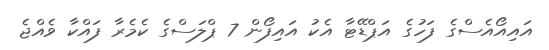
އައިއޯއެސްގެ ފަހުގެ އަޕްޑޭޓާ އެކު އައިފޯން 7 ޕްލަސްގެ ކެމެރާ ފައްކާ ވެއްޖެ